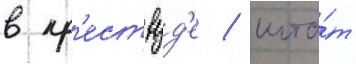
в кр'ествуд'е / шта́т